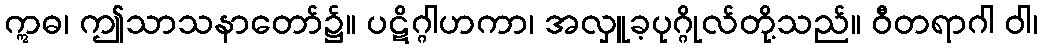
ဣဓ၊ ဤသာသနာတော်၌။ ပဋိဂ္ဂါဟကာ၊ အလှူခ့ပုဂ္ဂိုလ်တို့သည်။ ဝီတရာဂါ ဝါ၊